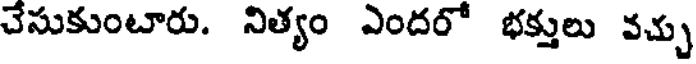
చేసుకుంటారు. నిత్యం ఎందరో భక్తులు వచ్చు